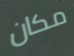
مكان